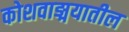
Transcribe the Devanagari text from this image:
कोशवाङ्मयातील